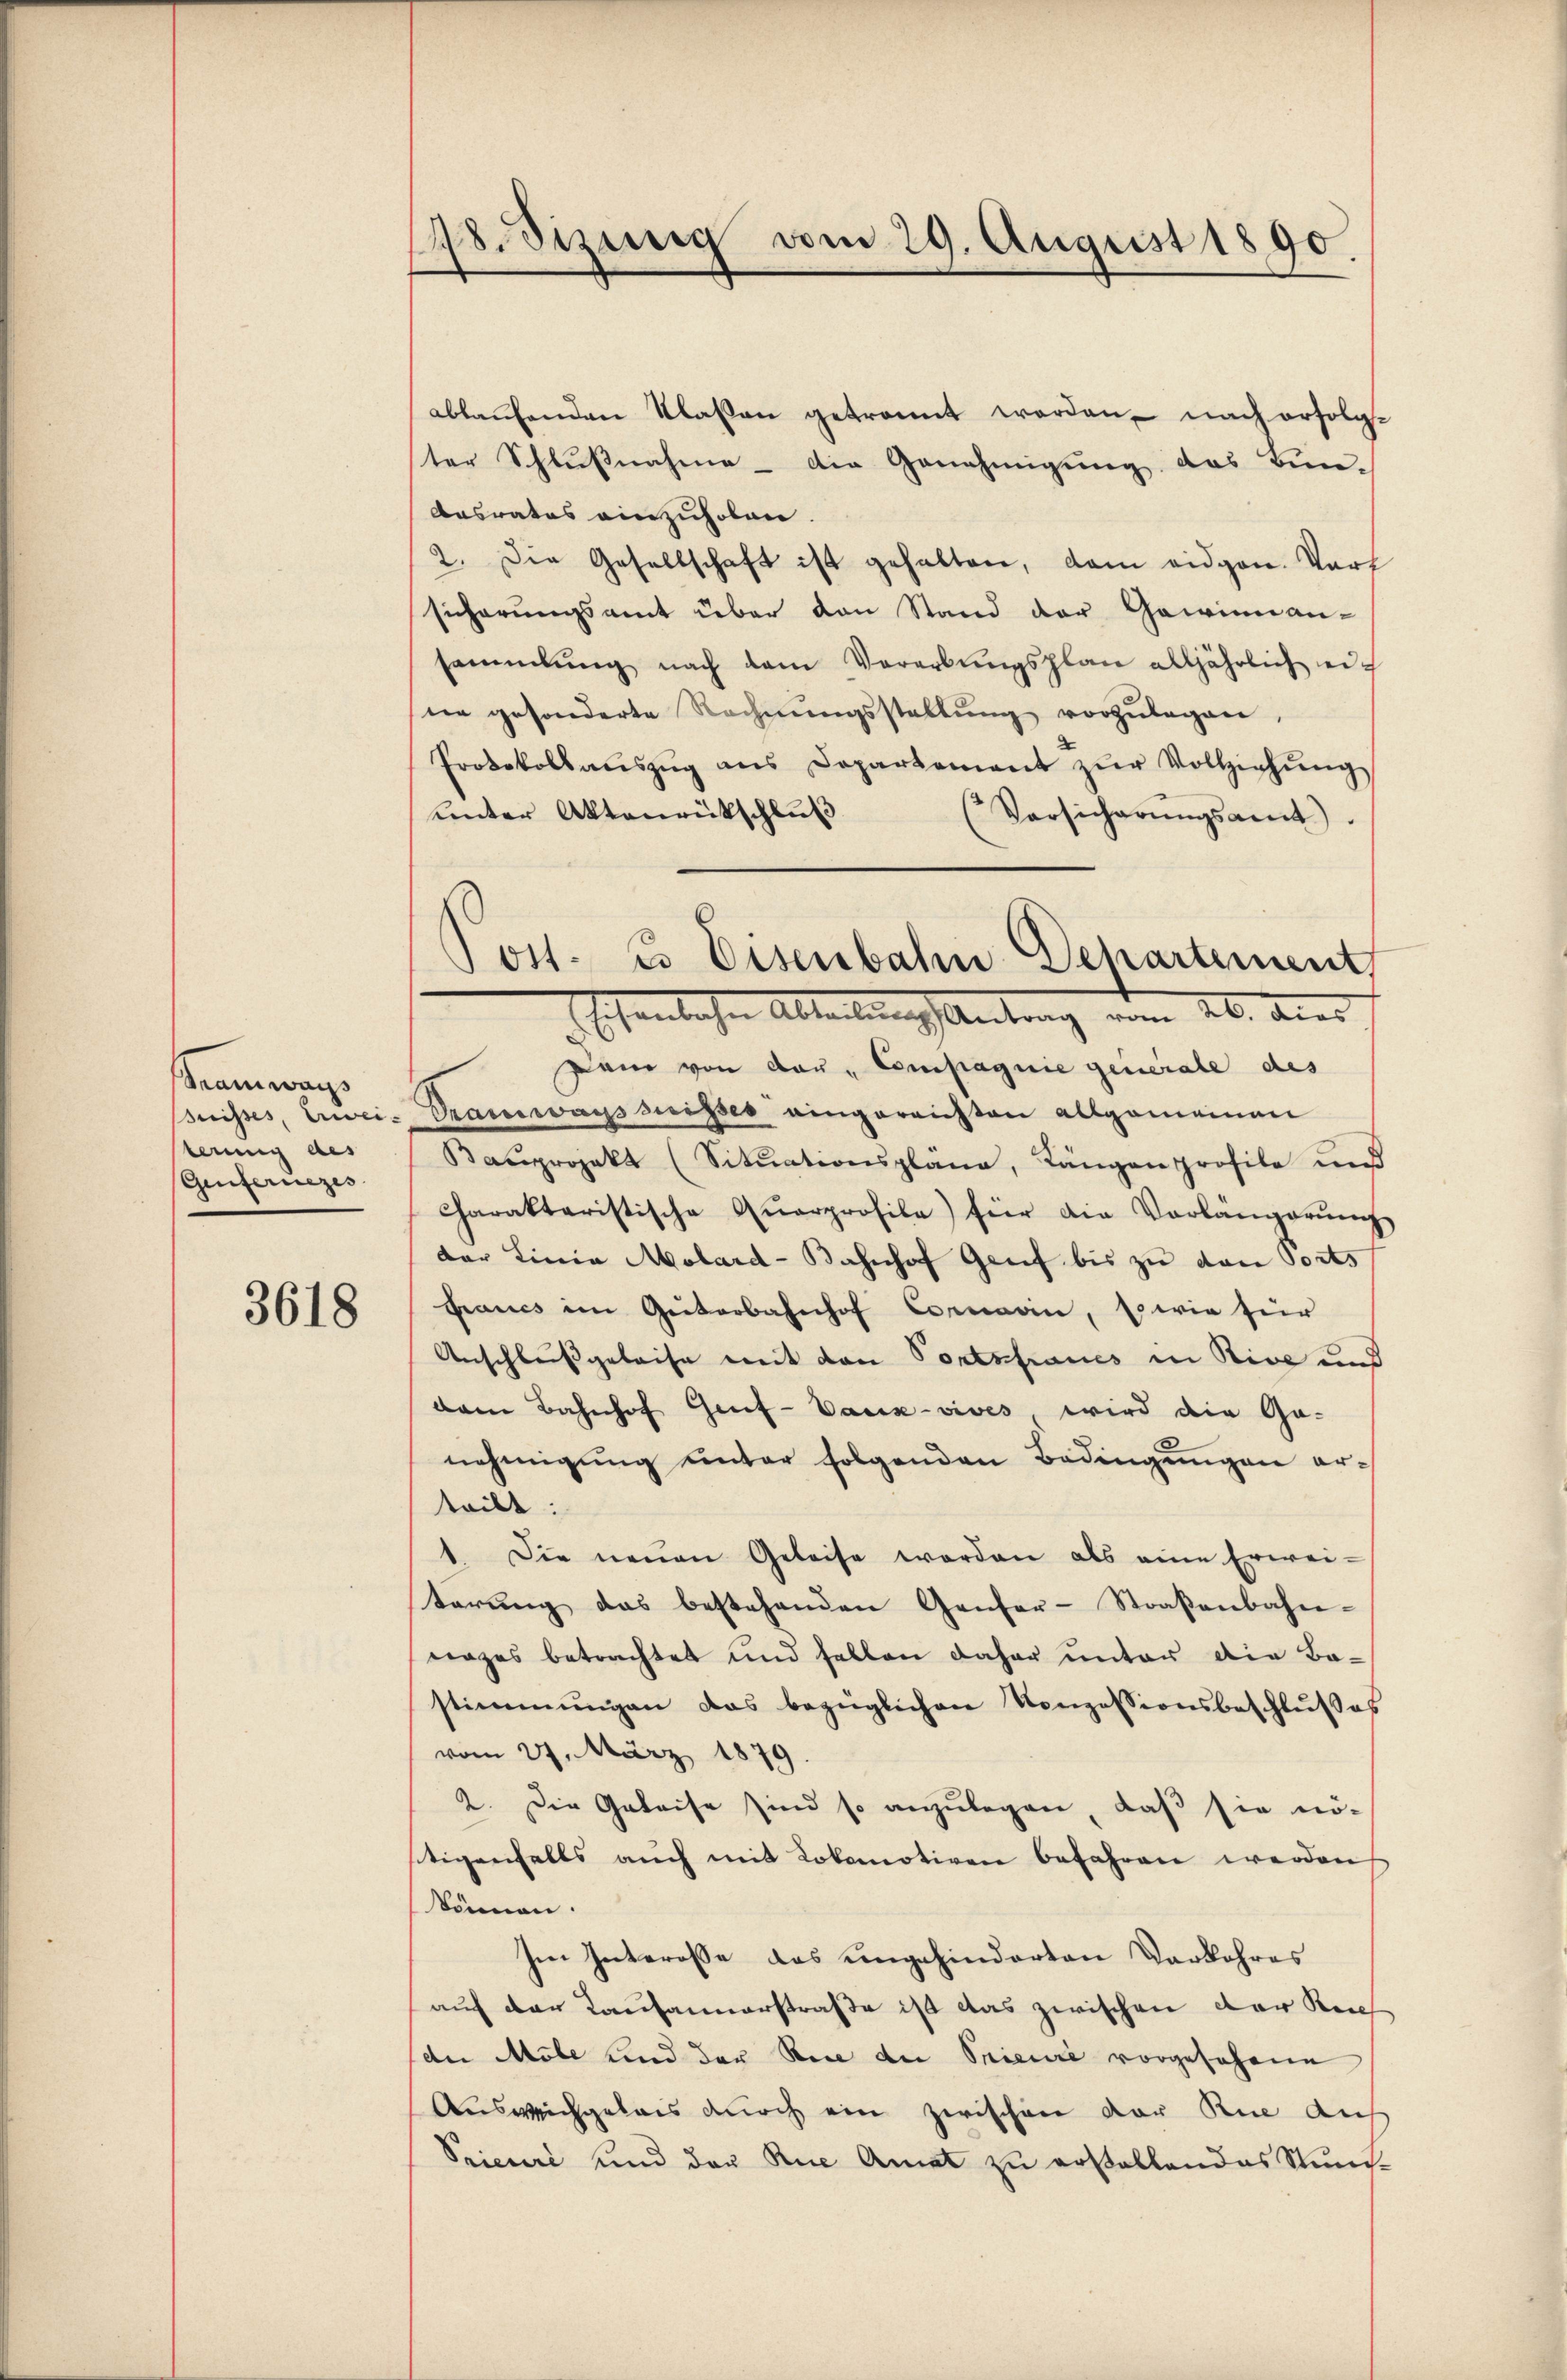
Samwan
suisses, Erwei-
terung des
Genferiezes

3618

18. Sizung vom 29. August 1890
.

ablaufenden Klassen getrannt werden, nach erfolgter Schlußnahme – die Genehmigung das Bun-
Ansrates einzuholen.
2. Die Gesellschaft ist gehalten, dam eidgen. Vort
sicherungsamt über den Stand der Gewinn an-
sammlung nach dem Verarbŭngsplan alljährlich eine gesonderte Rechnŭngsstellŭng vorzŭlegen,
Protokollaŭszŭg ans Departement zŭr Vollziehŭng
unter Aktenrückschluß
(Vorsicherŭngsamt).
Dam von der Compagnie generale des
Tramwayssuisses eingereichten allgemeinen
Baŭprojekt (Sitŭationsplana, Längenprofile und
Charakteristische Qŭarprofile) für die Vorlangerŭng
der Linia Molard-Bahnhof Genf bis zu den Ports
francs im Geiterbahnhof Cornavin, so wie für
Anschleußgeleise mit den Portsfraues in Rive und
dam Bahnhof Gruf-Vauck-vives, wird die Ga-
nehmigung unter folgenden Bedingungen erteilt:
1. Die neuen Geleise werden als eine Erweiterŭng das bestehenden Genfer-Straßenbahn-
nazes betrachtet und fallen daher unter die Be-
stimmungen das bezüglichen Konzessionsbeschlŭβes
vom 27. März 1879.
2. Die Geleise sind so anzulegen, daß sie nö-
tigenfalls auch mit Lokomotiven befahren werden
können.
Im Interesse das ungehinderten Verbohres
auf der Kausannerstraße ist das zwischen der Rech
der Möle und der Rede der Prieure vorgesehene
Ausweichgelais durch ein zwischen vor Rue auf
Prieuri und der Rue Amat zu erstellendes Stun-

Post. Es Eisenbahn Departement
 Eisenlichen Abteilung Antrag vom 20. dies